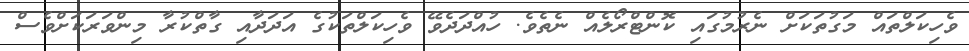
ވެހިކަލްތައް މަގުތަކަށް ނެރުމުގައި ކޮންޓްރޯލެއް ނެތެވެ. ހުއްދަދެވޭ ވެހިކަލްތަކުގެ އަދަދާއި ގާތްކުރާ މިންވަރަކަށްވެސް